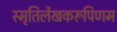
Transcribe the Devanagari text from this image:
स्मृतिर्लेखकरूपिणम